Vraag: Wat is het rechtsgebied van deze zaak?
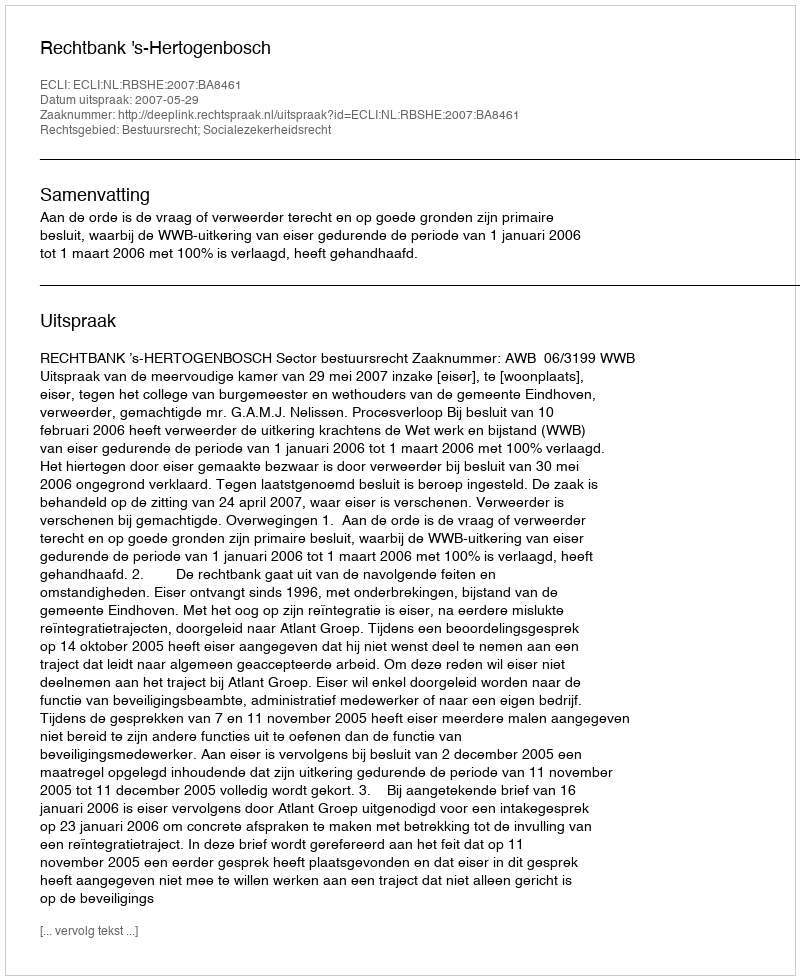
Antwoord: Bestuursrecht; Socialezekerheidsrecht